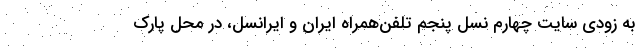
به زودی سایتِ‌ چهارم نسل پنجم تلفن‌همراه ایران و ایرانسل، در محل پارک